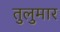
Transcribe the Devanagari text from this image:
तुलुमार